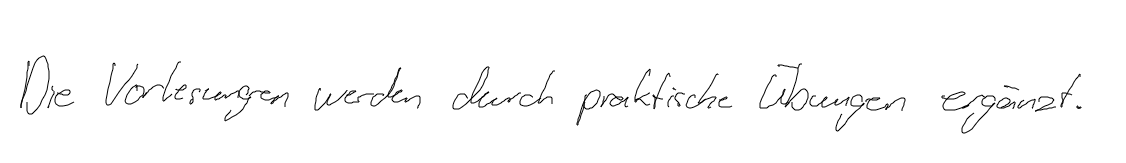
Die Vorlesungen werden durch praktische Übungen ergänzt.